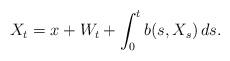
LaTeX: \begin{align*}X_{t} = x + W_{t} + \int_{0}^{t}b(s, X_s)\,ds.\end{align*}